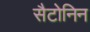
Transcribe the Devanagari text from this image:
सैटोनिन